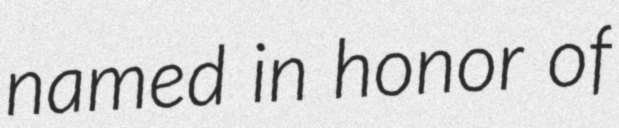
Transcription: named in honor of